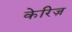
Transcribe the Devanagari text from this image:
केरिज़